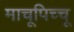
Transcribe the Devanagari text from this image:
माचूपिच्चू